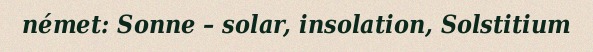
német: Sonne – solar, insolation, Solstitium